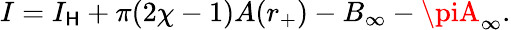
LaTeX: I=I_{\mathsf{H}}+\pi(2\chi-1)A(r_{+})-B_{\infty}-\piA_{\infty}.